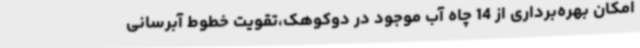
امکان بهره‌برداری از 14 چاه آب موجود در دوکوهک،تقویت خطوط آبرسانی